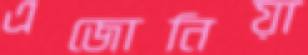
এজোনিয়া